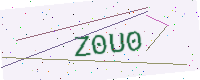
Text: Z0U0